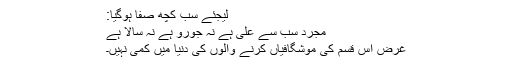
لیجئے سب کچھ صفا ہوگیا:
مجرد سب سے علیٰ ہے نہ جورو ہے نہ سالا ہے
غرض اس قسم کی موشگافیاں کرنے والوں کی دنیا میں کمی نہیں۔